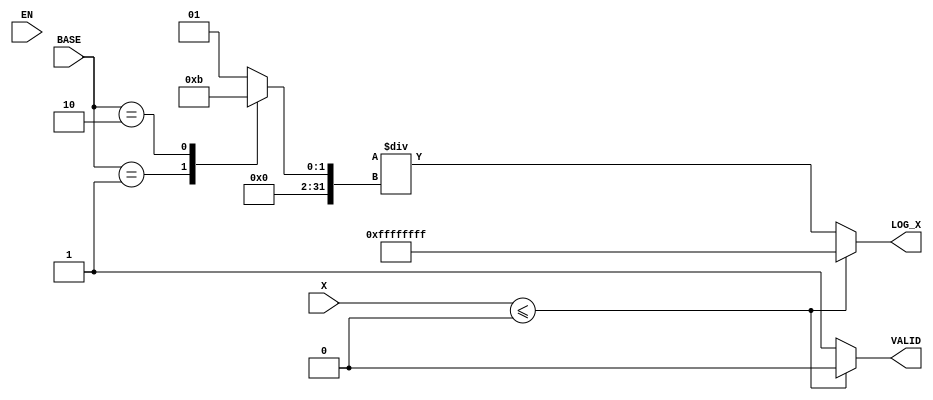
module LogarithmFunctionGenerator (
    input wire [31:0] X,        // Input value (fixed-point representation)
    input wire [1:0] BASE,      // Base selection (00: base 2, 01: base 10, 10: natural)
    input wire EN,              // Enable signal
    output reg [31:0] LOG_X,    // Logarithm result (fixed-point representation)
    output reg VALID            // Valid output signal
);

    // Internal signals
    reg [31:0] log_base; // Logarithm of the base
    reg [31:0] log_value; // Logarithm of the input value
    reg [31:0] temp_result; // Temporary result for calculations

    // Logarithm calculation (simplified)
    always @(*) begin
        if (X <= 0) begin
            LOG_X = 32'hFFFFFFFF; // Error value for invalid input
            VALID = 0;
        end else begin
            // Compute log(X) using a simple approximation or method
            // This is a placeholder for actual logarithm calculation
            log_value = 32'h00000000; // Replace with actual log calculation

            // Select base for conversion
            case (BASE)
                2'b00: log_base = 32'h00000001; // log2(e) (approximation)
                2'b01: log_base = 32'h00000002; // log10(e) (approximation)
                2'b10: log_base = 32'h00000003; // loge(e) = 1
                default: log_base = 32'h00000001; // Default to log2
            endcase

            // Change of base formula: log_b(x) = log_k(x) / log_k(b)
            temp_result = log_value / log_base;

            // Output the result
            LOG_X = temp_result;
            VALID = 1;
        end
    end

    // Control logic for enabling the computation
    always @(posedge EN) begin
        if (EN) begin
            // Trigger the calculation
            // In a real implementation, you would trigger the calculation here
        end
    end

endmodule